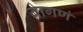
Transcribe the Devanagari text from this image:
वागणं